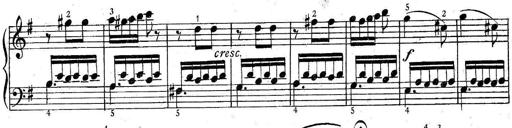
Title: 6 Easy Sonatinas
Composer: Carl Czerny